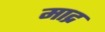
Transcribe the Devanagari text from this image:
माद्र